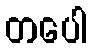
တပေါ